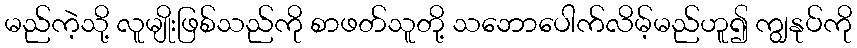
မည်ကဲ့သို့ လူမျိုးဖြစ်သည်ကို စာဖတ်သူတို့ သဘောပေါက်လိမ့်မည်ဟူ၍ ကျွနုပ်ကို